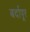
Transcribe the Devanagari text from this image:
बर्दापूर